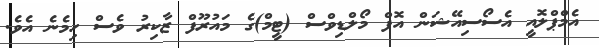
އެމްޕްލޮއީ އެސޯސިއޭޝަން އޮފް މޯލްޑިވްސް (ޓީމް)ގެ މައުރޫފް ޒާކިރު ވެސް ހިމެނެ އެވެ.